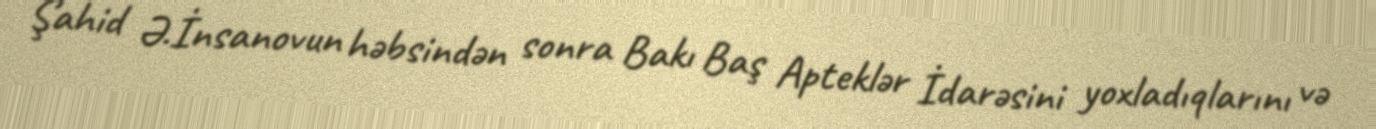
Şahid Ə.İnsanovun həbsindən sonra Bakı Baş Apteklər İdarəsini yoxladıqlarını və